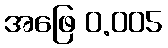
အဖြေ 0.005